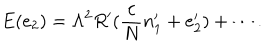
E ( e _ { 2 } ) = \Lambda ^ { 2 } R ^ { \prime } ( \frac { c } { N } n _ { 1 } ^ { \prime } + { e } _ { 2 } ^ { \prime } ) + \cdots .